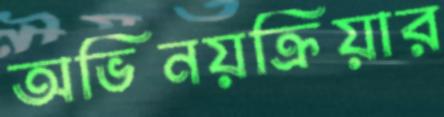
অভিনয়ক্রিয়ার